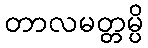
တာလမတ္တမ္ပိ